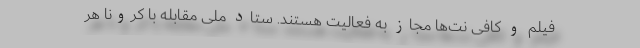
فیلم و کافی نت‌ها مجاز به فعالیت هستند. ستاد ملی مقابله با کرونا هر